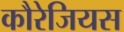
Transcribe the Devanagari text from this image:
कौरेजियस